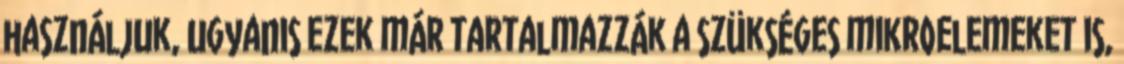
használjuk, ugyanis ezek már tartalmazzák a szükséges mikroelemeket is,